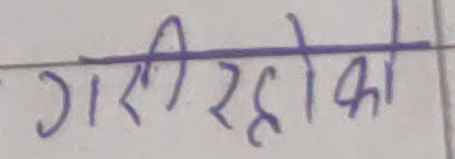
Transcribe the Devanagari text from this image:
गरी रहो का